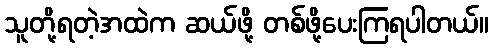
သူတို့ရတဲ့အထဲက ဆယ်ဖို့ တစ်ဖို့ပေးကြရပါတယ်။